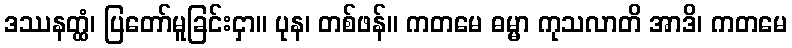
ဒဿနတ္ထံ၊ ပြတော်မူခြင်းငှာ။ ပုန၊ တစ်ဖန်။ ကတမေ ဓမ္မာ ကုသလာတိ အာဒိ၊ ကတမေ